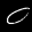
Label: 0